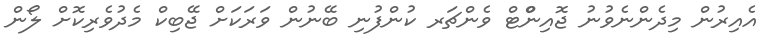
އެއިރުން މިދެންނެވުނު ޖޮއިންްޓް ވެންޗަރ ކުންފުނި ބޭނުން ވަރަކަށް ޖޭބިކް މެދުވެރިކޮށް ލޯން